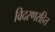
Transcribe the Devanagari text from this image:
विदरणरहित